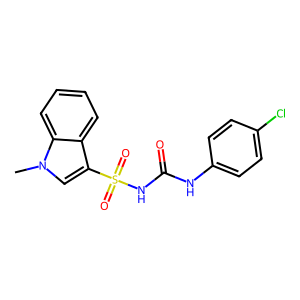
SMILES: Cn1cc(S(=O)(=O)NC(=O)Nc2ccc(Cl)cc2)c2ccccc21
Inhibits HIV replication: No